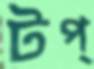
টপ্